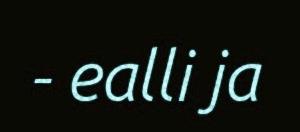
- ealli ja